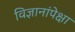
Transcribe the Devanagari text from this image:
विज्ञानांपेक्षा